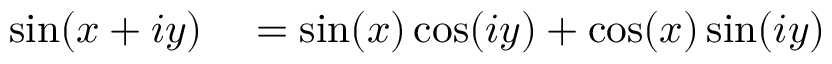
\begin{array} { r l } { \sin ( x + i y ) } & { { } = \sin ( x ) \cos ( i y ) + \cos ( x ) \sin ( i y ) } \end{array}